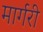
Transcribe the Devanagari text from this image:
मार्गरी